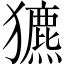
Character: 𤣄